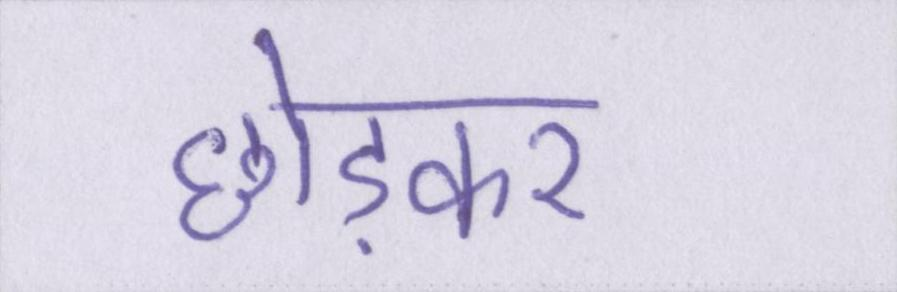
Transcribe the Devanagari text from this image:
छोड़कर